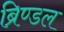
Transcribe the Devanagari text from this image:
ब्रिण्डल